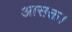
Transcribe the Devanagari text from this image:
आसक्त।